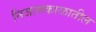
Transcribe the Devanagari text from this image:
निजामकाळातील